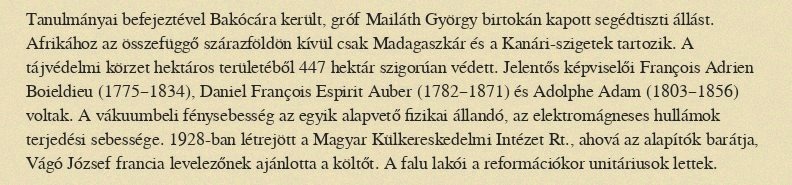
Tanulmányai befejeztével Bakócára került, gróf Mailáth György birtokán kapott segédtiszti állást. Afrikához az összefüggő szárazföldön kívül csak Madagaszkár és a Kanári-szigetek tartozik. A tájvédelmi körzet hektáros területéből 447 hektár szigorúan védett. Jelentős képviselői François Adrien Boieldieu (1775–1834), Daniel François Espirit Auber (1782–1871) és Adolphe Adam (1803–1856) voltak. A vákuumbeli fénysebesség az egyik alapvető fizikai állandó, az elektromágneses hullámok terjedési sebessége. 1928-ban létrejött a Magyar Külkereskedelmi Intézet Rt., ahová az alapítók barátja, Vágó József francia levelezőnek ajánlotta a költőt. A falu lakói a reformációkor unitáriusok lettek.